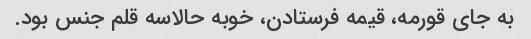
به جای قورمه، قیمه فرستادن، خوبه حالاسه قلم جنس بود.